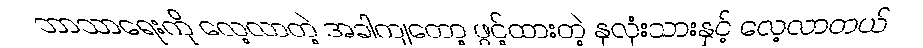
ဘာသာရေးကို လေ့လာတဲ့ အခါကျတော့ ဖွင့်ထားတဲ့ နှလုံးသားနှင့် လေ့လာတယ်